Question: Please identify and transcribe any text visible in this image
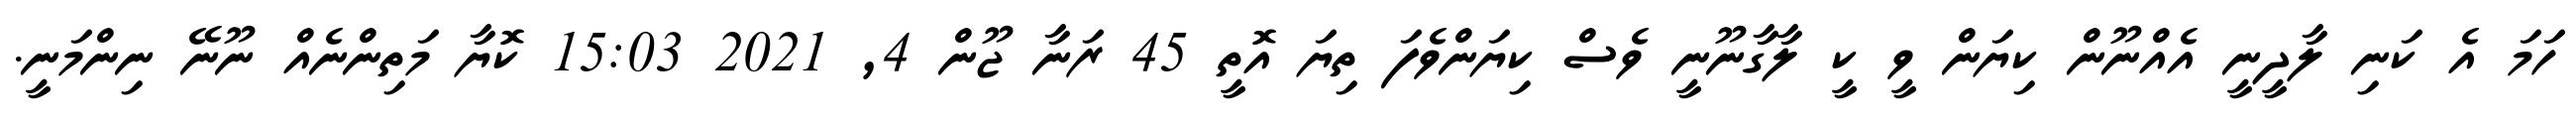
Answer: ހަމަ އެ ކަނި ލާދީނީ އެއްނޫން ކިޔަން ވީ ކީ ލާގާނޫނީ ވެސް ކިޔަންވެފަ ތިޔަ އޮތީ 45 ރަނާ ޖޫން 4, 2021 15:03 ކޮޔާ މަތިންނެއް ނޫނޭ ނިންމަނީ.